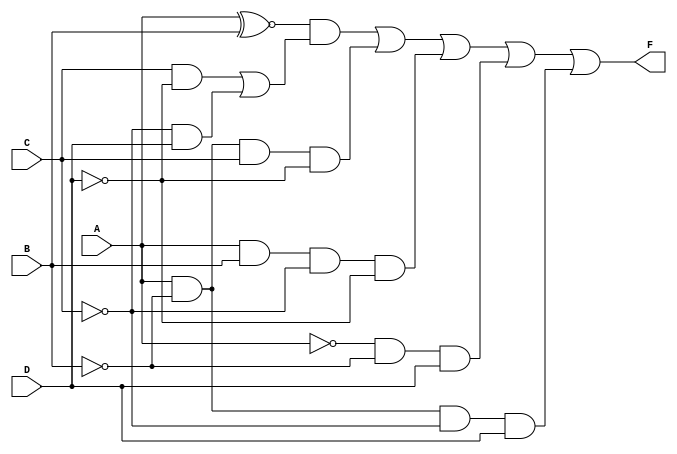
module kmap_4var (
    input wire A,    // Input variable A
    input wire B,    // Input variable B
    input wire C,    // Input variable C
    input wire D,    // Input variable D
    output wire F    // Output F (result of the K-map)
);

// The K-map corresponds to the following truth values.
// The cells are filled based on the desired output for each combination of A, B, C, and D.
// For example, the output values can be adjusted for your specific function.

// K-map (4x4) layout:
//     CD
//     00  01  11  10
// AB -----------------
// 00 |  1   0   1   1 |  // (A=0, B=0)
// 01 |  0   1   1   1 |  // (A=0, B=1)
// 11 |  1   1   0   0 |  // (A=1, B=1)
// 10 |  1   0   0   0 |  // (A=1, B=0)

// The output function F can be derived from the K-map.
// Here, we will define the logic based on the filled K-map cells.

assign F = (A ~^ B) & ((C & ~D) | (~C & D)) |  // Group from A=0, B=0
           (A & ~B & C & ~D) |                // Group from A=0, B=1
           (A & B & ~C & ~D) |                // Group from A=1, B=1
           (~A & ~B & D) |                    // Group from A=1, B=0
           (A & ~B & ~C & D);                 // Additional terms as needed

endmodule